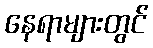
နေရာများတွင်